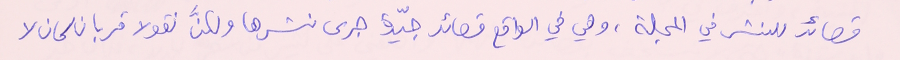
قصائد للنشر في المجلة، وهي في الواقع قصائد جيّدة جرى نشرها ولكنَّ نقولا قربان كان لا